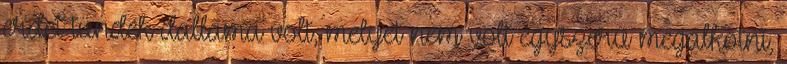
erdei tündék dallama volt, melyet nem volt egyszerű megalkotni,